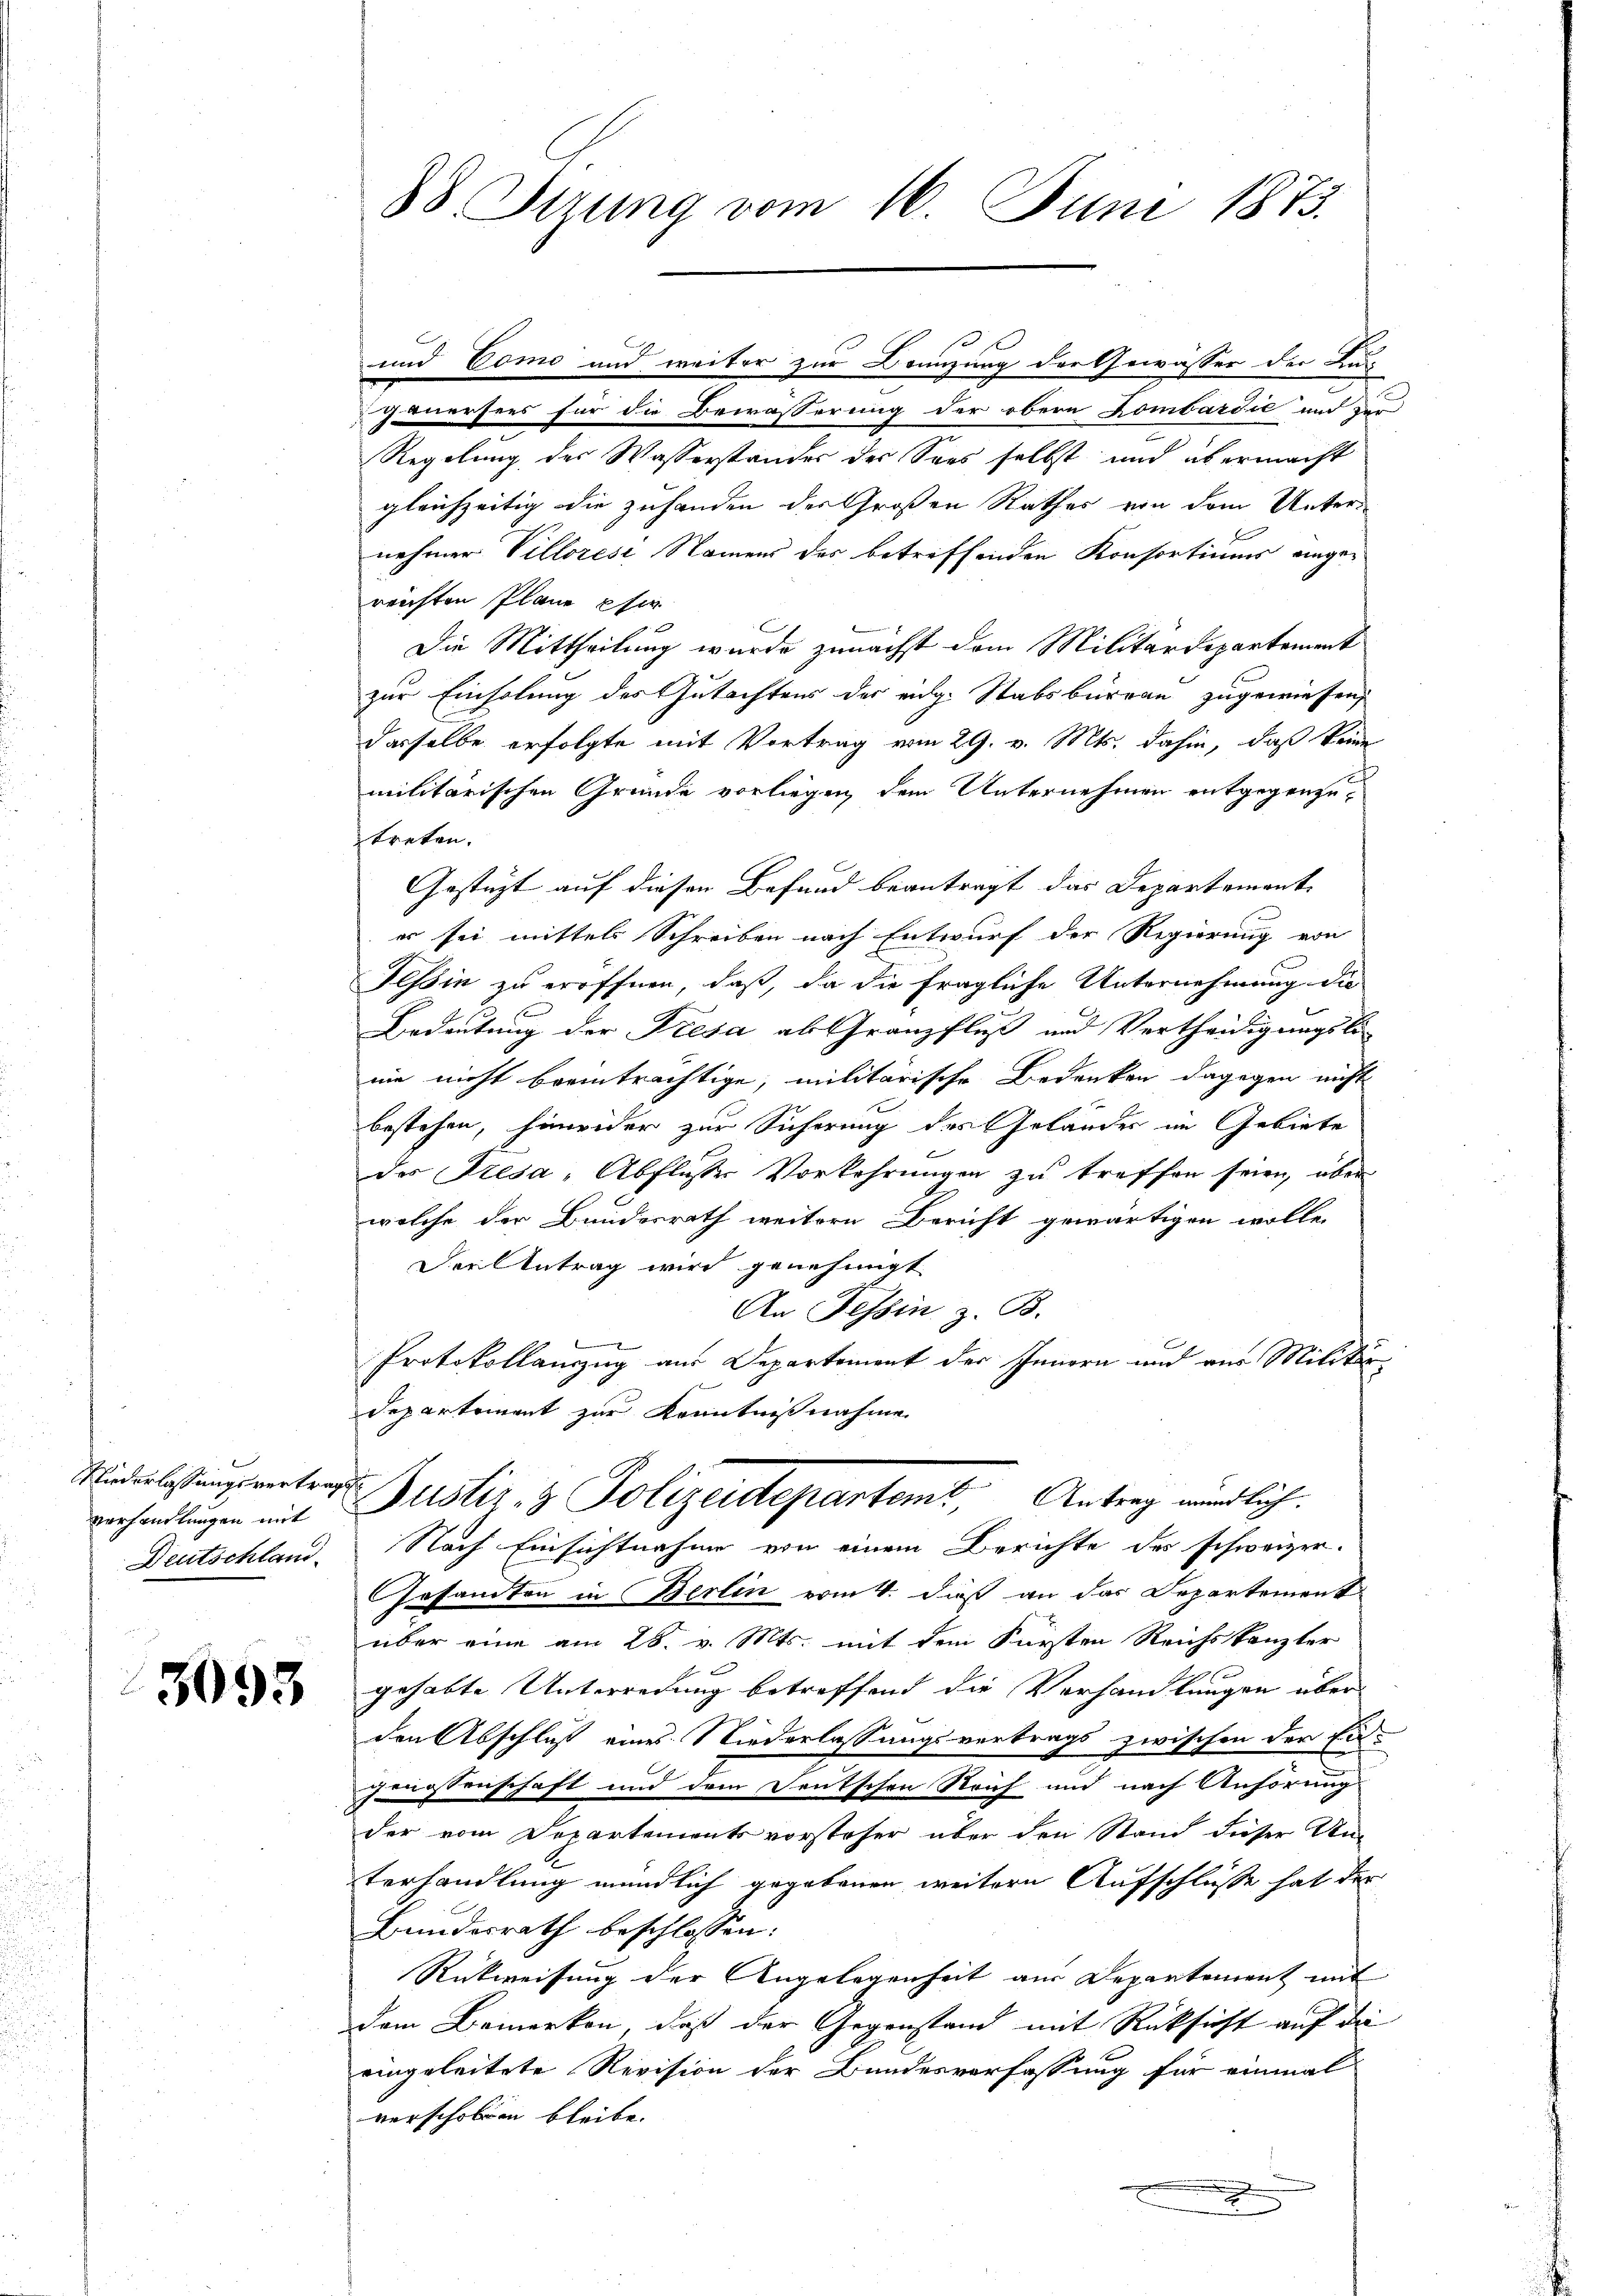
Niederlassungsvertrags
Deutschland.

3093

88. Sirung vom 16. Juni 1873.

und Tomo und weiter zur Branzung der Gewässer der Zus
gnersees für die Bewässerung der obern Kombardić und zur
Regelung des Wasserstandes der Sees selbst und übermacht
gleichzeitig die zuhanden der Großen Rathes von dem Unternehmer Villozese Namens des betreffenden Konsortiums eingereichten Plane sie
Die Mittheilung wurde zunächst dem Militärdepartement
zur Einholung des Gutachtens der eige Stabsbureau zugewiesen,
dasselbe erfolgte mit Vortrag vom 29. v. Mts. dahin, daß keine
militärischen Gründe vorliegen, dem Unternehmen entgegenzuftreten.
Gestüzt auf diesen Befund beantragt das Departement
er sei mittels Schreiben nach Entwurf der Regierung von
Tessin zu eröffnen, daß, da die fragliche Unternehmung die
Bedeutung der Presa ab Gränzfluß und Vertheidigungsli-
nin nicht beeinträchtige, militärische Bedenken dagegen nicht
bestehen, hinwider zur Sicherung des Geländer im Gebiete
des Presa - Abfluße Vorkehrungen zu treffen seien, über
wolche der Bundesrath weitern Bericht gewärtigen wolle.
Der Antrag wird genehmigt
An Tessin, z. B.
Protokollanzzug aus Departement der Innern und vor Militär
Departement zur Kenntnißnahme
verhandlungen mit Zustiz- & Polizeideparteme, Antrag wündlich.
Nach Einsichtnahme von einem Berichte des schweizer.
Gesandten in Berlin vom 4. dieß an das Departement
über eine am 28. v. Mts. mit dem Fürsten Reichskanzler
gehabte Unterredung betreffend die Verhandlungen über
den Abschluß eines Niederlassungsvertrags zwischen der Ei¬
Genossenschaft und dem Teutschen Reich und nach Anhörung
der vom Departementsvorsteher über den Stand dieser Un-
terhandlung mündlich gegebenen weitern Aufschlüsse hat der
Bundesrath beschlossen:
Rückweisung der Angelegenheit aus Departement mit
dem Bemerken, daß der Gegenstand mit Rücksicht auf die
eingeleitete Revision der Bundesverfassung für einmal
verschoben bleibe.
x